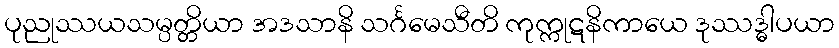
ပုညုဿယသမ္ပတ္တိယာ အဒသာနိ သင်္ဂမေသီတိ ကုက္ကုဋနိကာယေ ဒုဿဒ္ဓါပယာ